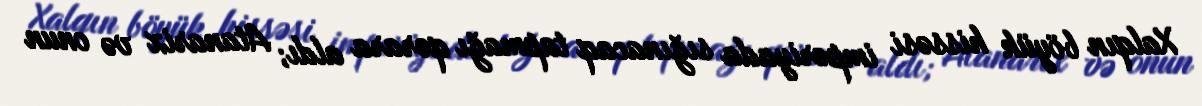
Xalqın böyük hissəsi imperiyada sığınacaq tapmağı qərara aldı; Atanarix və onun